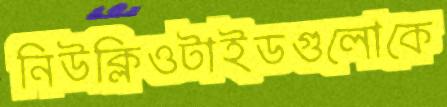
নিউক্লিওটাইডগুলোকে